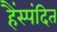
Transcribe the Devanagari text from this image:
हैंस्पंदित